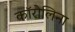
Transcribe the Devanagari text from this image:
काॅरोलिना